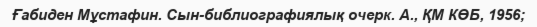
Ғабиден Мұстафин. Сын-библиографиялық очерк. А., ҚМ КӨБ, 1956;